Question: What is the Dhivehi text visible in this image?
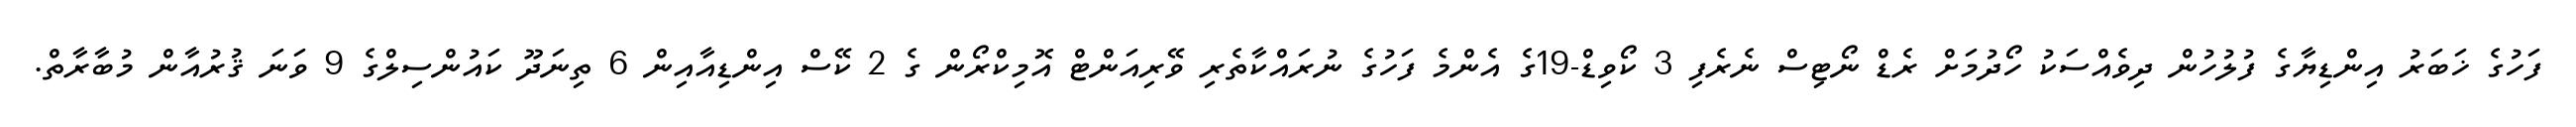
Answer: ފަހުގެ ޚަބަރު އިންޑިޔާގެ ފުލުހުން ދިވެއްސަކު ހޯދުމަށް ރެޑް ނޯޓިސް ނެރެފި 3 ކޯވިޑް-19ގެ އެންމެ ފަހުގެ ނުރައްކާތެރި ވޭރިއަންޓް އޮމިކްރޯން ގެ 2 ކޭސް އިންޑިއާއިން 6 ތިނަދޫ ކައުންސިލްގެ 9 ވަނަ ޤުރުއާން މުބާރާތް.